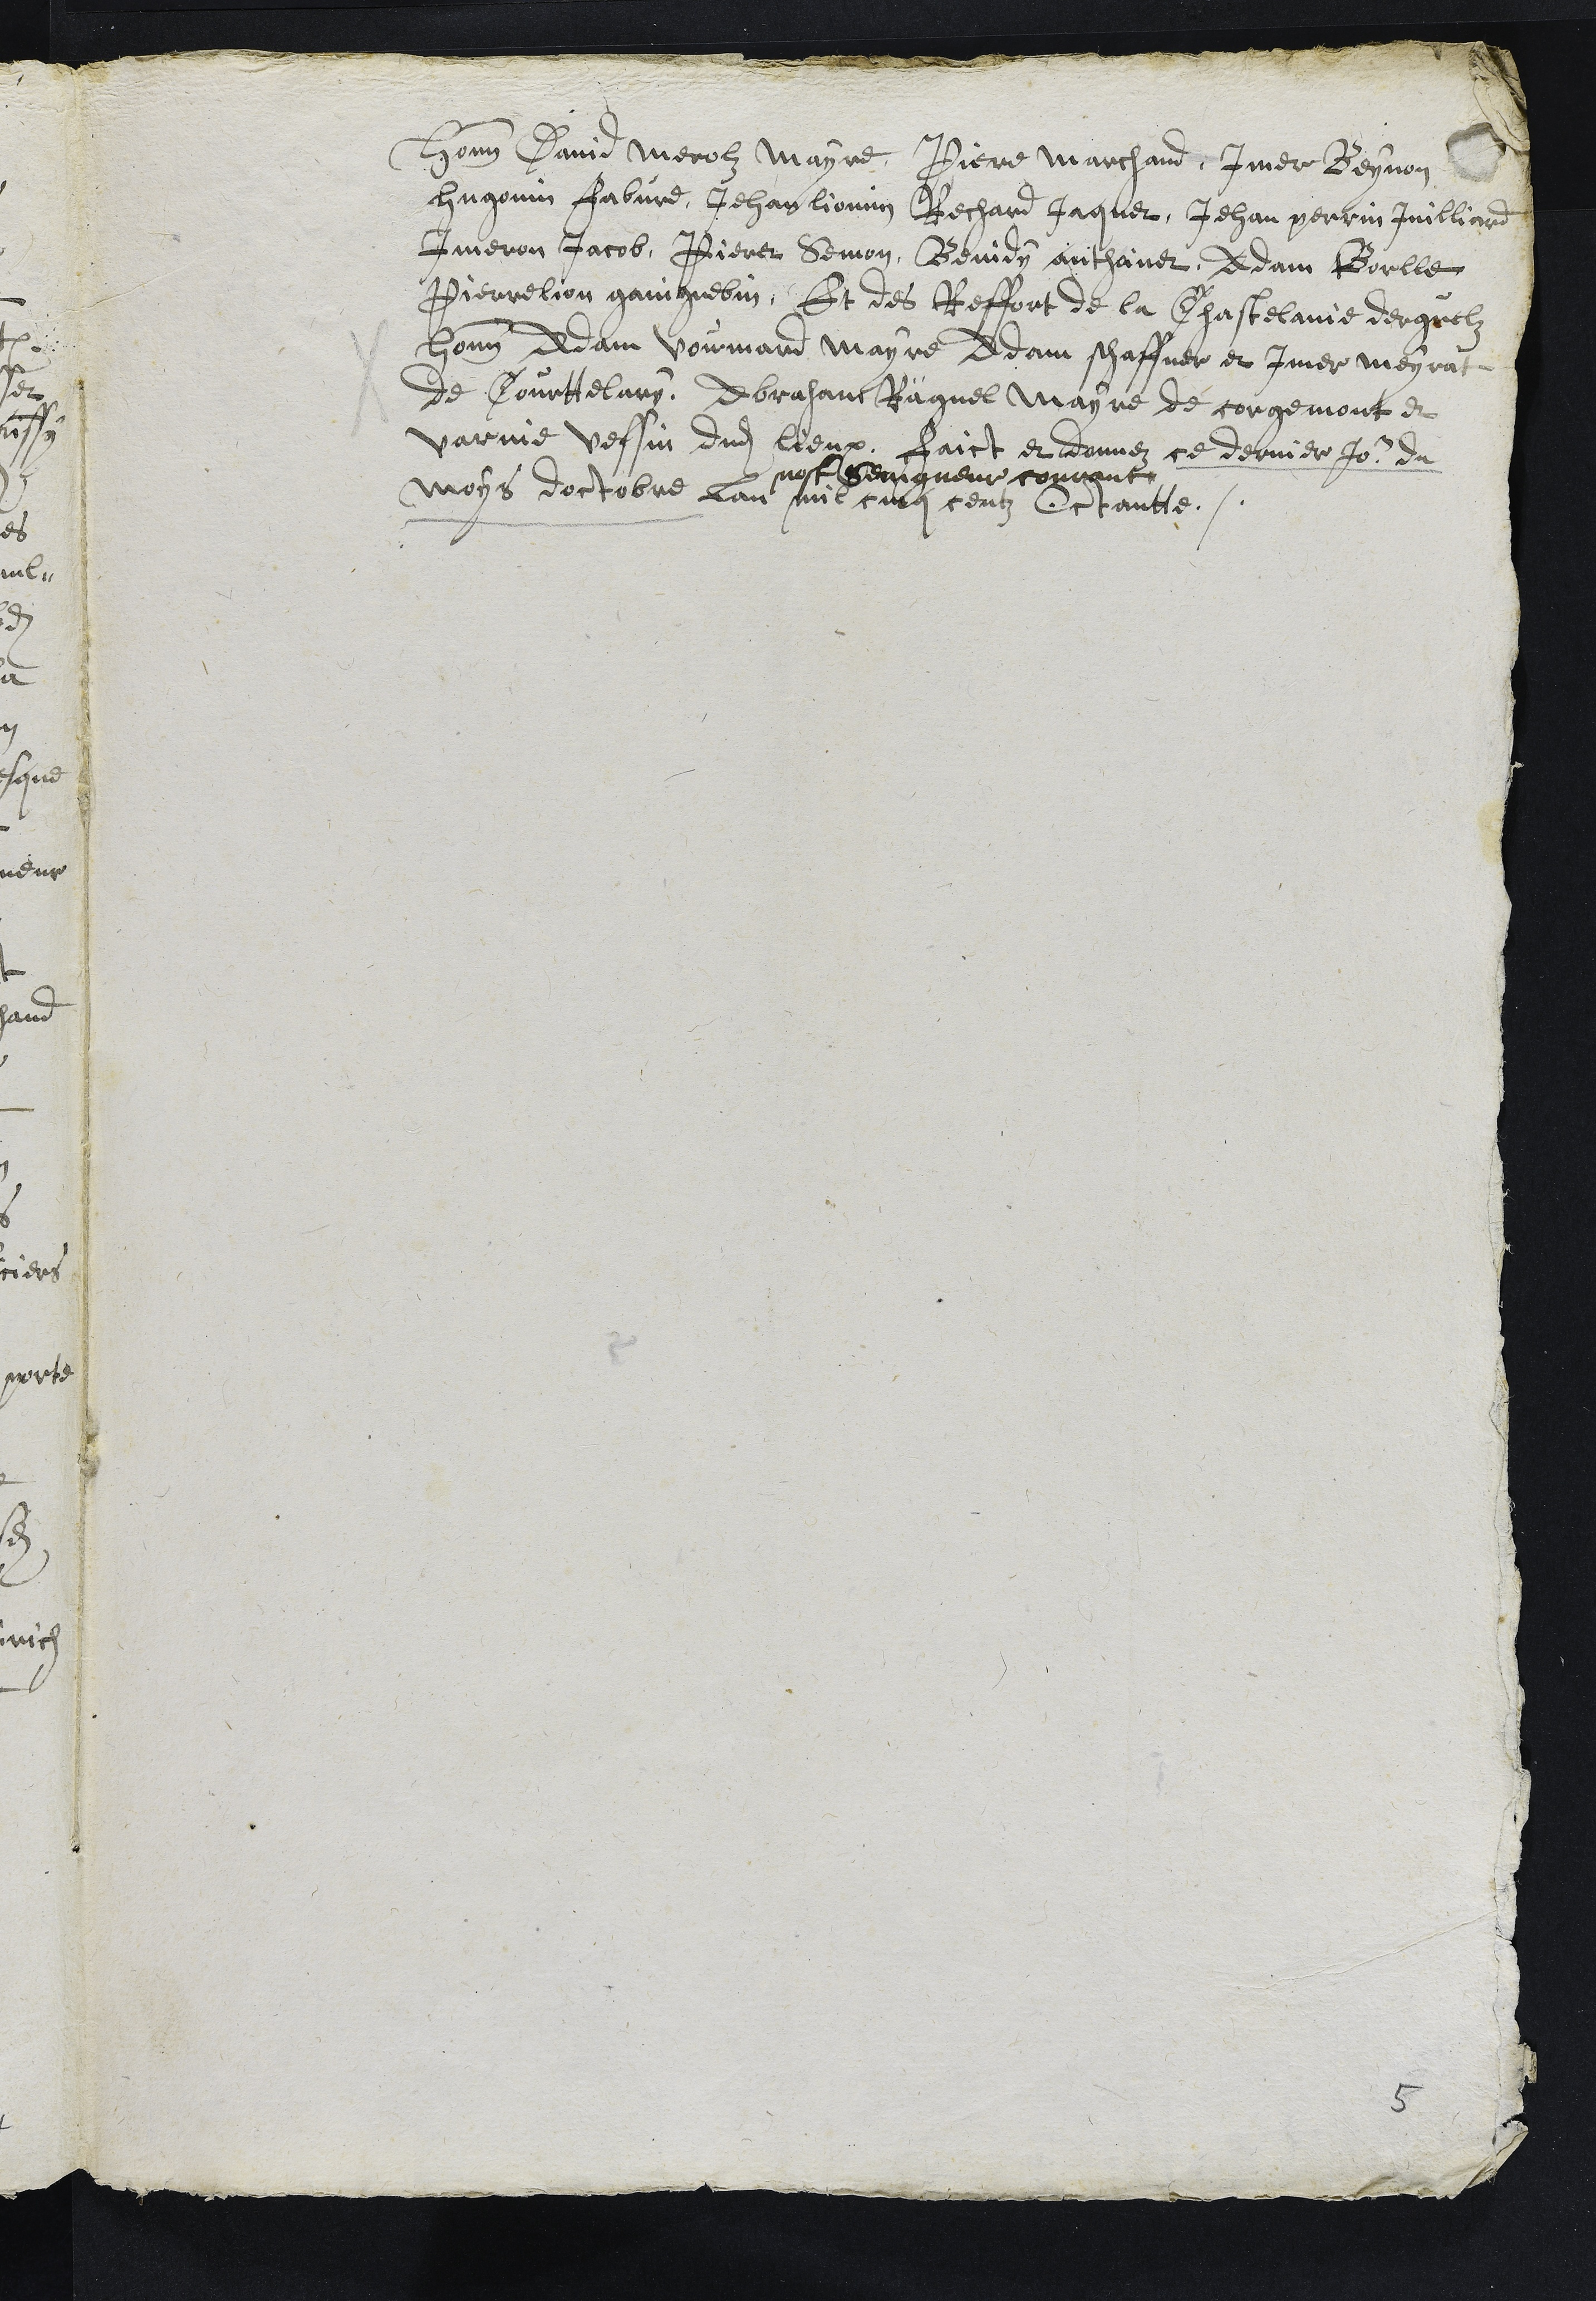
Honnorables David Merolz Mayre, Pierre Marchand, Imer Beynon
Hugonin Fabvre, Jehan Liomin Rechard Jaquet, Jehan Perrin Juilliard
Imeron Jacob, Pieret Semon, Beindy anthoinet, Adam Borlle
Pierrelion gaingnebin, Et des Reffort de la Chastelanie derguelz
honnorables Adam Voumard Mayre Adam schaffner et Imer Meyrat
de Courttelary, Abraham Räguel Mayre de corgemont et
Varnie veffin dudit lieux, faict et donnez ce dernier Jour du
moys doctobre lan
nostre Seingneur courant
mil cinq centz Octantte.
5